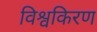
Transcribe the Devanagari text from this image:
विश्वकिरण